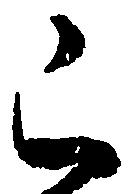
已